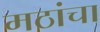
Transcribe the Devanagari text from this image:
मठांचा